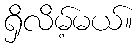
ရှိလိမ့်မယ်။